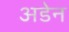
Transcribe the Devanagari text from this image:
अडेन